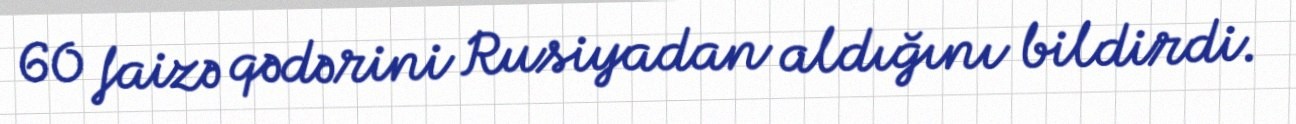
60 faizə qədərini Rusiyadan aldığını bildirdi.